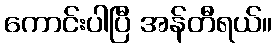
ကောင်းပါပြီ အန်တီရယ်။